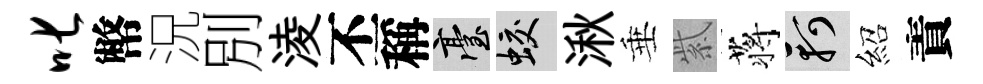
叱幣況別淩丕稱臺蛟湫垂紫蒋軻紹責